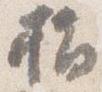
指